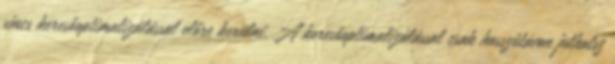
sincs keresőoptimalizálással előre kerülni. A keresőoptimalizálással csak hosszútávon juthatsz